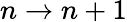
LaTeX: n\rightarrow n+1